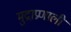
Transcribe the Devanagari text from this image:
मुद्राप्रणाली